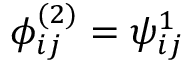
\phi _ { i j } ^ { ( 2 ) } = \psi _ { i j } ^ { 1 }